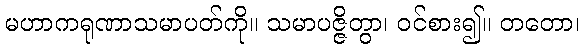
မဟာကရုဏာသမာပတ်ကို။ သမာပဇ္ဇိတွာ၊ ဝင်စား၍။ တတော၊